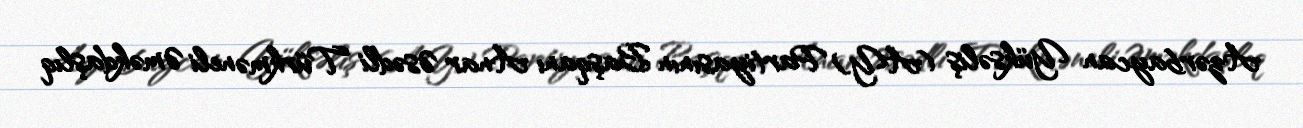
Azərbaycan Yüksəliş (AY) Partiyasının Başqanı Anar Əsədli Türkməneli Əməkdaşlıq